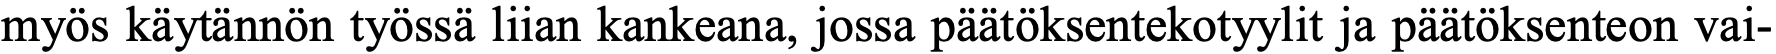
myös käytännön työssä liian kankeana, jossa päätöksentekotyylit ja päätöksenteon vai-